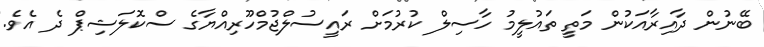
ބޭނުން ދާއިރާއަކުން މަތީ ތައުލީމު ހާސިލް ކުރުމަށް ރައީސުލްޖުމްހޫރިއްޔާގެ ސްކޮލަޝިޕް ދެ އެވެ.